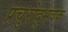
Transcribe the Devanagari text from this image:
प्रचुरोद्भवक